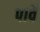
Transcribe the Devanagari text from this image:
पावैं